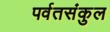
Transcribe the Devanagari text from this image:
पर्वतसंकुल